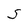
Character: S